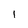
Character: l